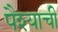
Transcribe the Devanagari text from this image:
पैश्याची